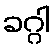
ခဂ္ဂါ